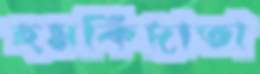
হুমকিদাতা